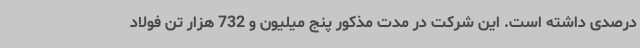
درصدی داشته است. این شرکت در مدت مذکور پنج میلیون و 732 هزار تن فولاد